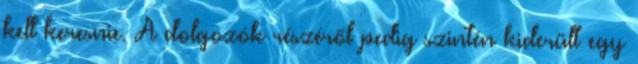
kell keresnie. A dolgozók részéről pedig szintén kiderült egy